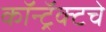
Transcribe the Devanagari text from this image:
कॉन्ट्रॅक्‍टचे